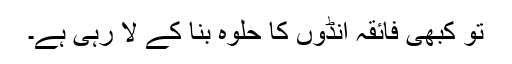
تو کبھی فائقہ انڈوں کا حلوہ بنا کے لا رہی ہے۔